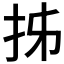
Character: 𭠒